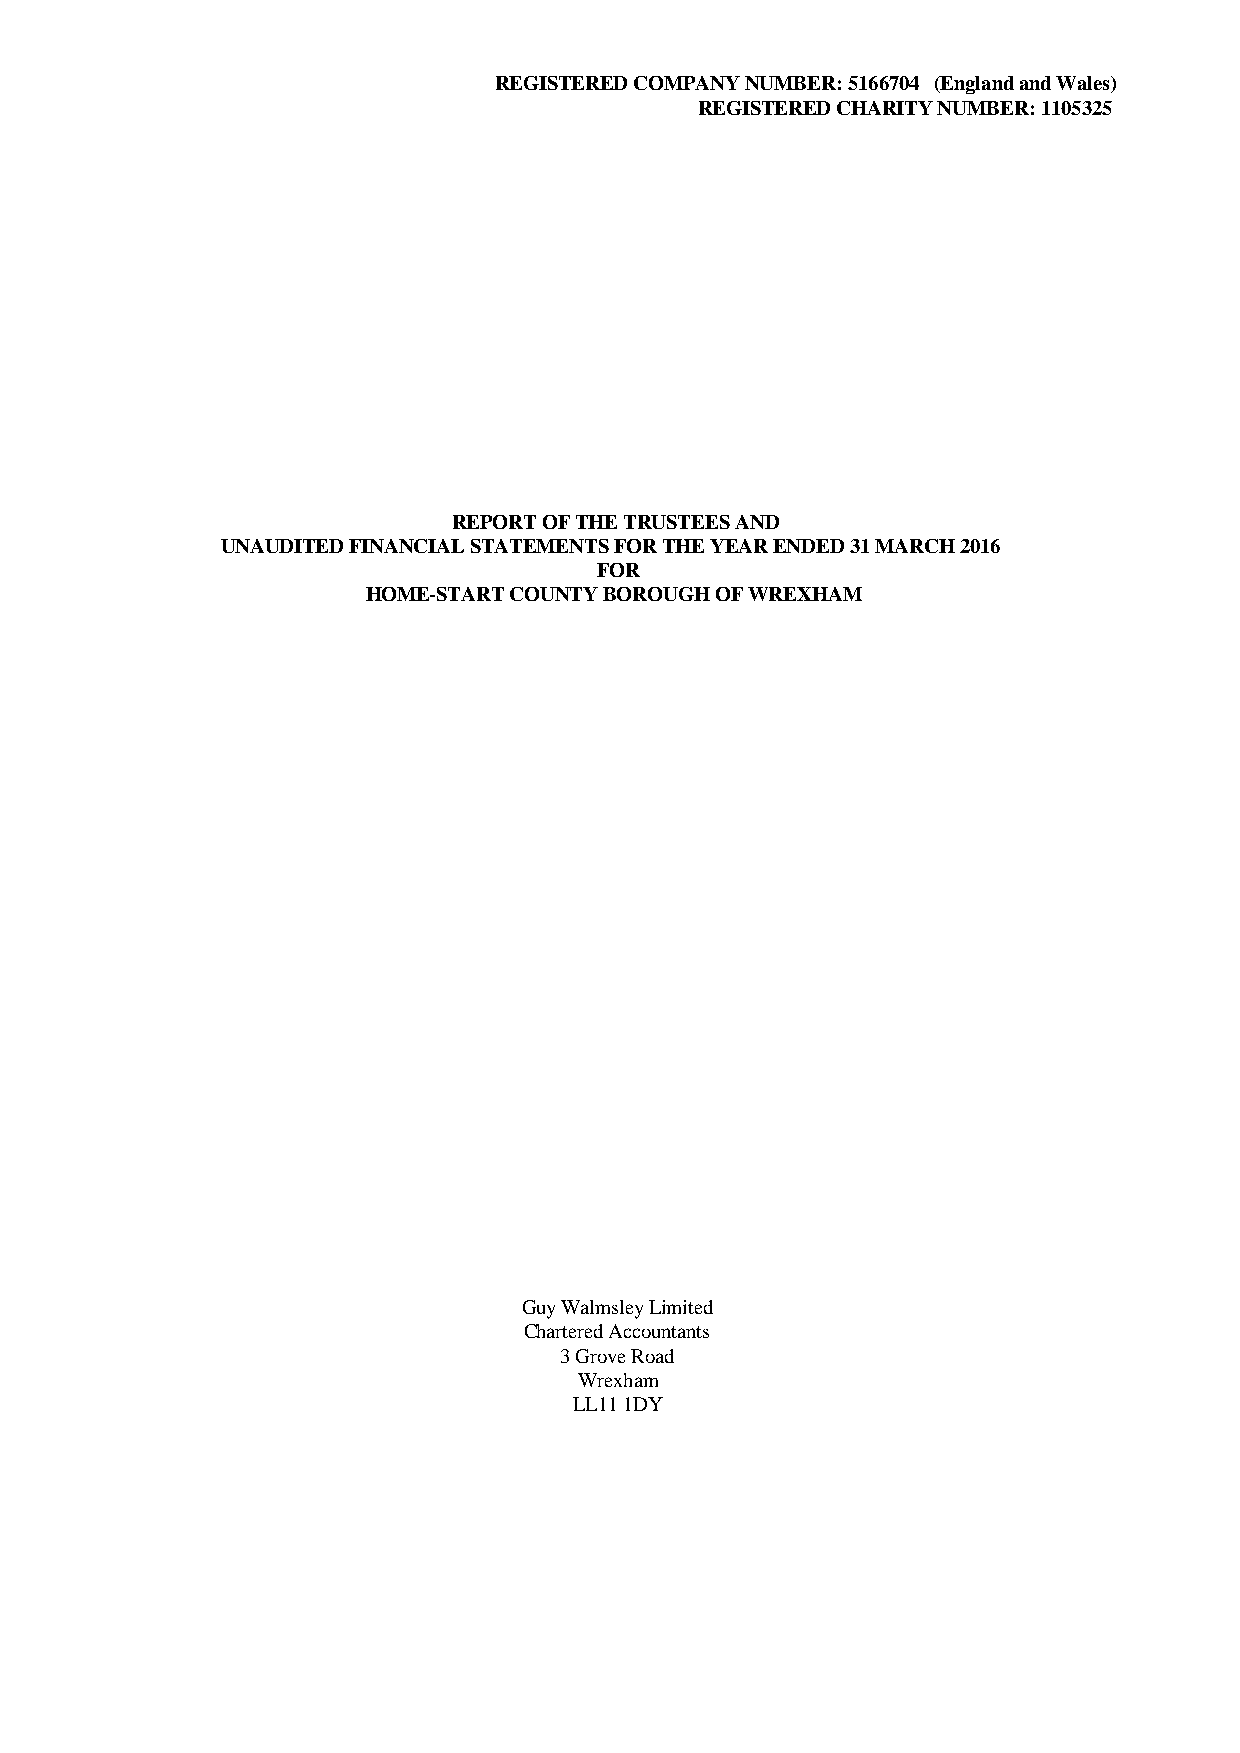
REGISTERED COMPANY NUMBER: 5166704 (England and Wales)
 REGISTERED CHARITY NUMBER: 1105325
 REPORT OF THE TRUSTEES AND
 UNAUDITED FINANCIAL STATEMENTS FOR THE YEAR ENDED 31 MARCH 2016
 FOR
 HOME-START COUNTY BOROUGH OF WREXHAM
 Guy Walmsley Limited
 Chartered Accountants
 3 Grove Road
 Wrexham
 LL11 1DY